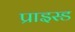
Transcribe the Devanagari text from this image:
प्राइस्ड